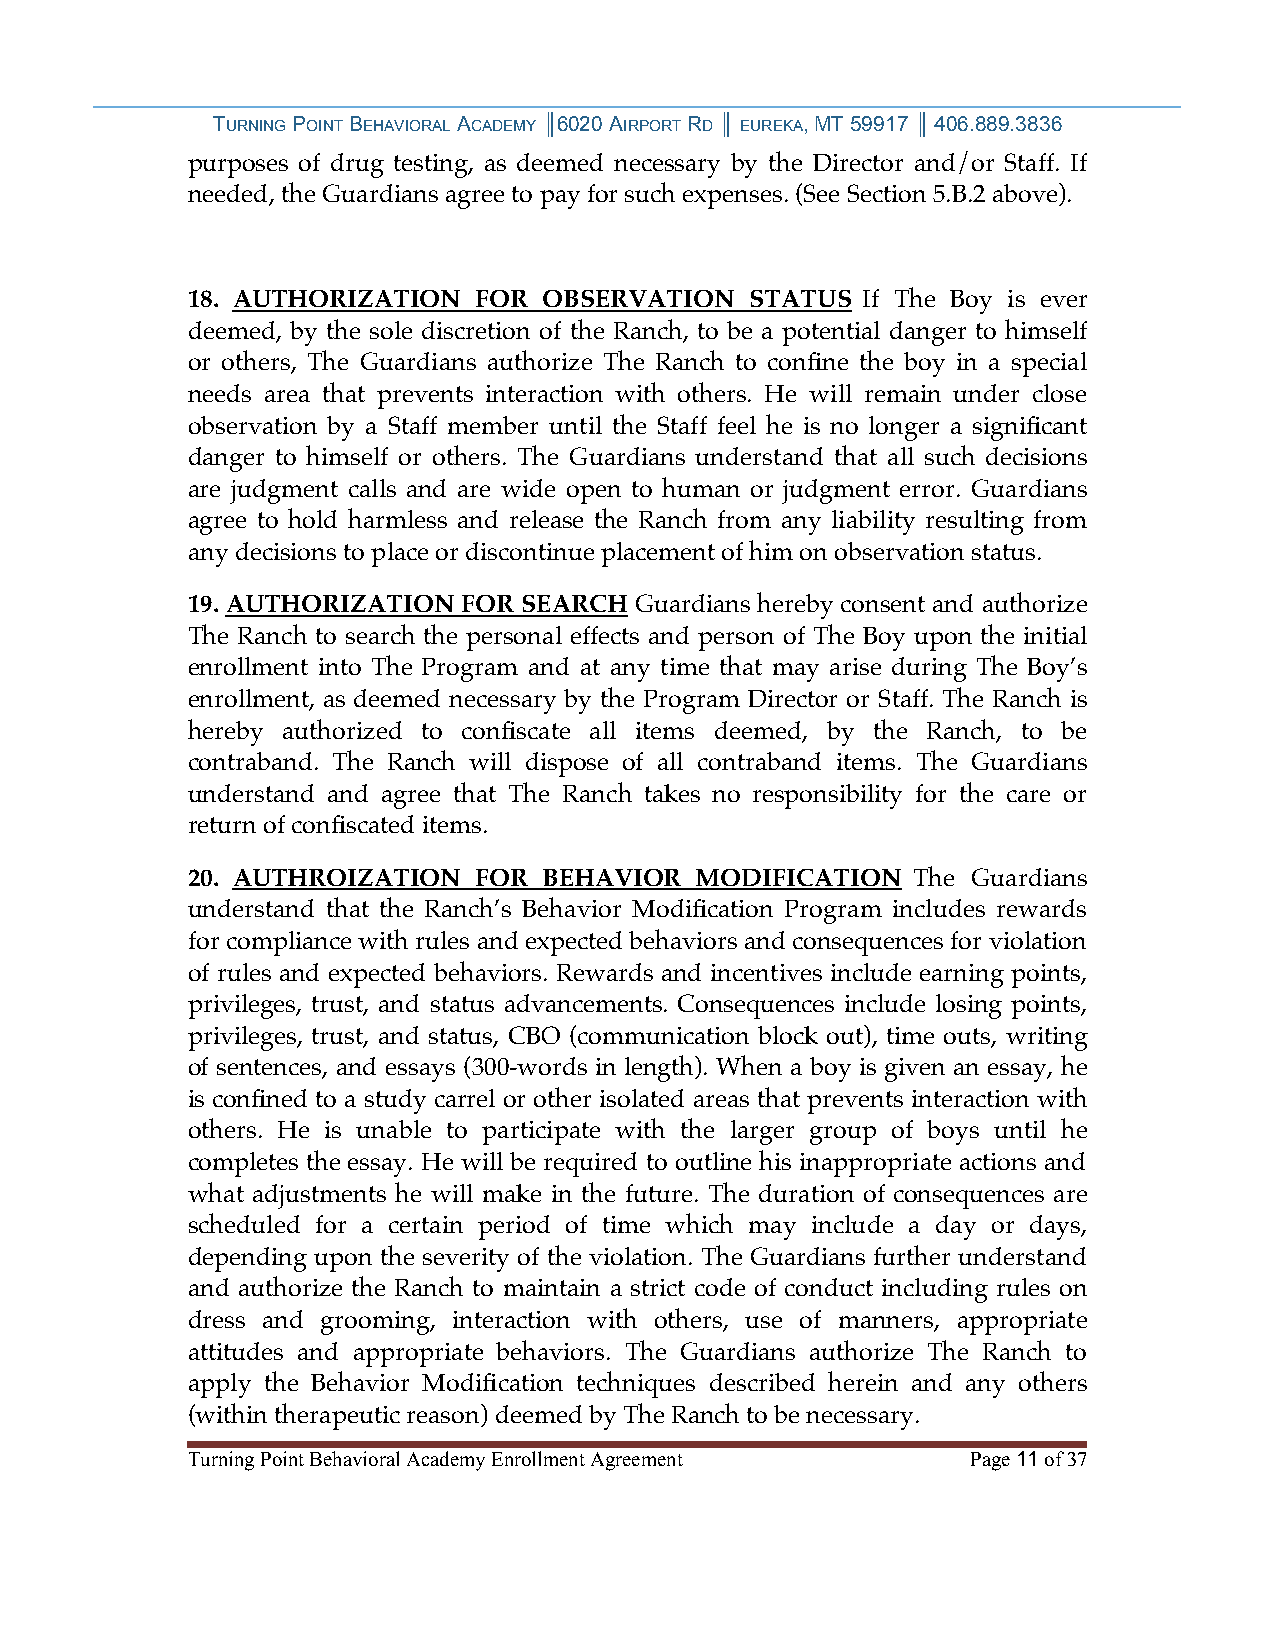
TURNING POINT BEHAVIORAL ACADEMY ║6020 AIRPORT RD ║ EUREKA, MT 59917 ║ 406.889.3836
 purposes of drug testing, as deemed necessary by the Director and/or Staff. If
 needed, the Guardians agree to pay for such expenses. (See Section 5.B.2 above).
 18. AUTHORIZATION  FOR  OBSERVATION   STATUS If The Boy is ever
 deemed, by the sole discretion of the Ranch, to be a potential danger to himself
 or others, The Guardians authorize The Ranch to confine the boy in a special
 needs area that prevents interaction with others. He will remain under close
 observation by a Staff member until the Staff feel he is no longer a significant
 danger to himself or others. The Guardians understand that all such decisions
 are judgment calls and are wide open to human or judgment error. Guardians
 agree to hold harmless and release the Ranch from any liability resulting from
 any decisions to place or discontinue placement of him on observation status.
 19. AUTHORIZATION  FOR SEARCH Guardians hereby consent and authorize
 The Ranch to search the personal effects and person of The Boy upon the initial
 enrollment into The Program and at any time that may arise during The Boy’s
 enrollment, as deemed necessary by the Program Director or Staff. The Ranch is
 hereby authorized to confiscate all items deemed, by the Ranch, to be
 contraband. The Ranch will dispose of all contraband items. The Guardians
 understand and agree that The Ranch takes no responsibility for the care or
 return of confiscated items.
 20. AUTHROIZATION  FOR  BEHAVIOR  MODIFICATION  The Guardians
 understand that the Ranch’s Behavior Modification Program includes rewards
 for compliance with rules and expected behaviors and consequences for violation
 of rules and expected behaviors. Rewards and incentives include earning points,
 privileges, trust, and status advancements. Consequences include losing points,
 privileges, trust, and status, CBO (communication block out), time outs, writing
 of sentences, and essays (300-words in length). When a boy is given an essay, he
 is confined to a study carrel or other isolated areas that prevents interaction with
 others. He is unable to participate with the larger group of boys until he
 completes the essay. He will be required to outline his inappropriate actions and
 what adjustments he will make in the future. The duration of consequences are
 scheduled for a certain period of time which may include a day or days,
 depending upon the severity of the violation. The Guardians further understand
 and authorize the Ranch to maintain a strict code of conduct including rules on
 dress and grooming, interaction with others, use of manners, appropriate
 attitudes and appropriate behaviors. The Guardians authorize The Ranch to
 apply the Behavior Modification techniques described herein and any others
 (within therapeutic reason) deemed by The Ranch to be necessary.
 Turning Point Behavioral Academy Enrollment Agreement Page 11 of 37